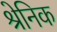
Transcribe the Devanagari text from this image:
श्रेनिक